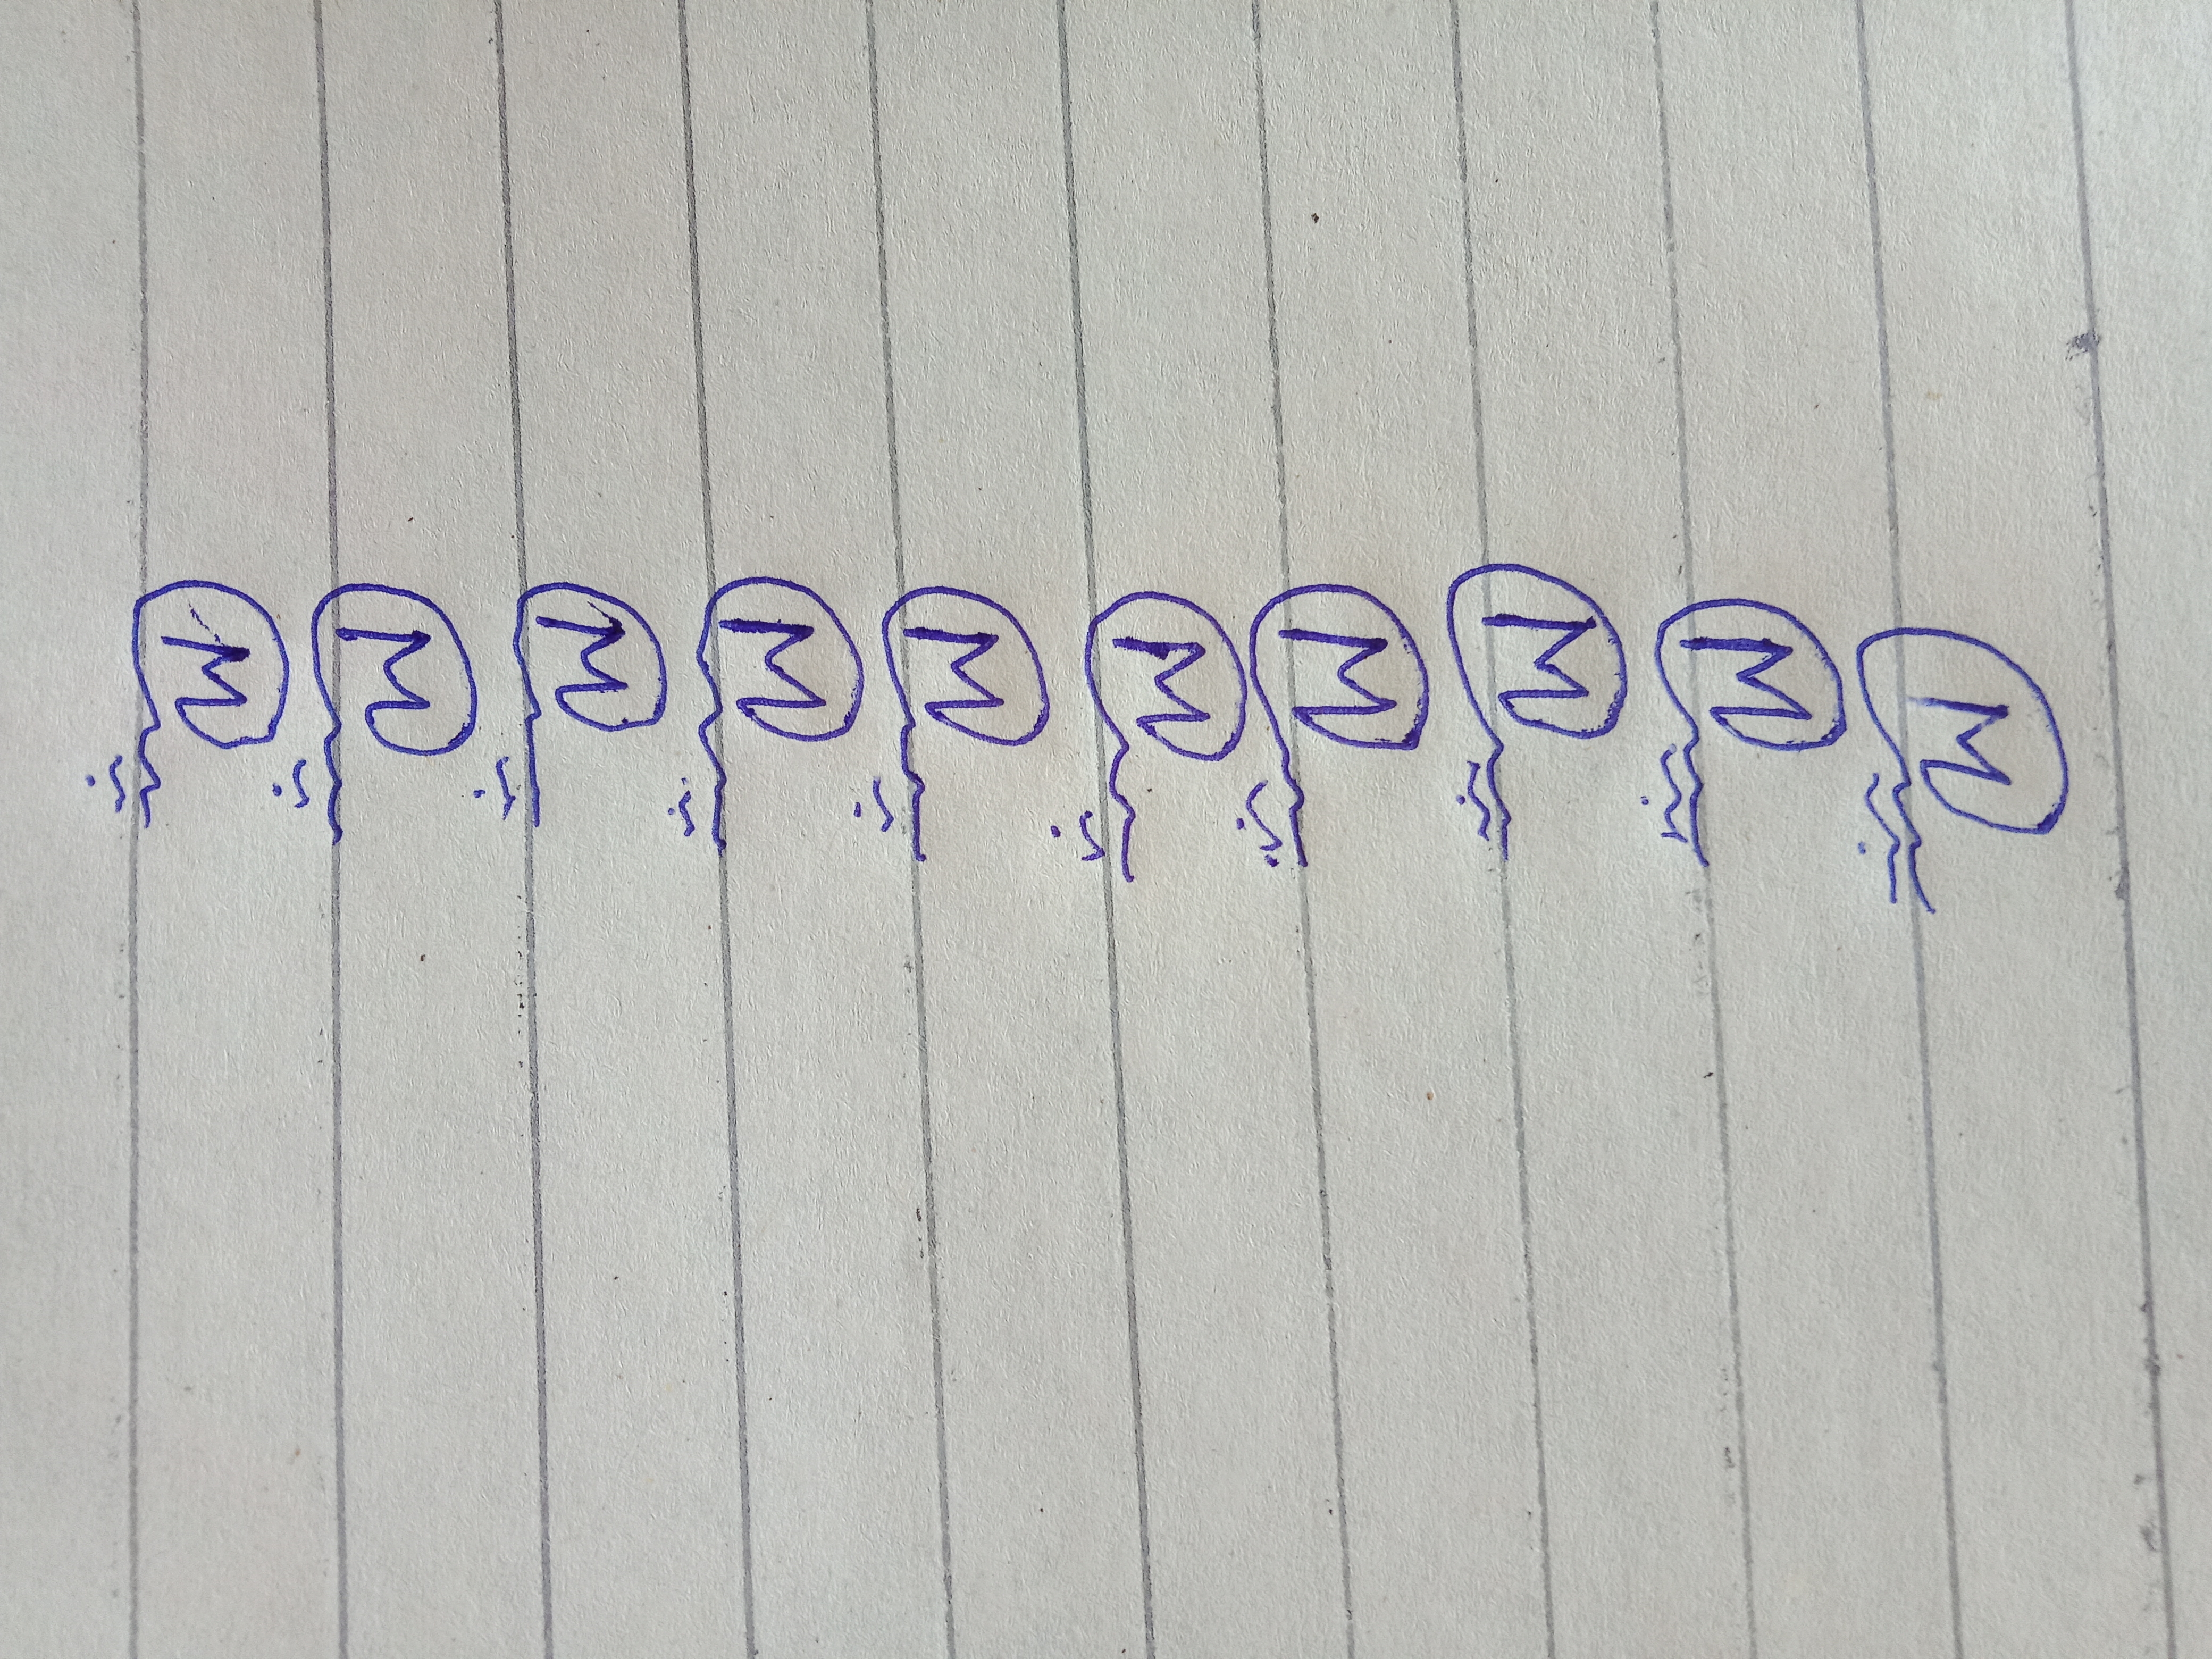
Signature authenticity: genuine